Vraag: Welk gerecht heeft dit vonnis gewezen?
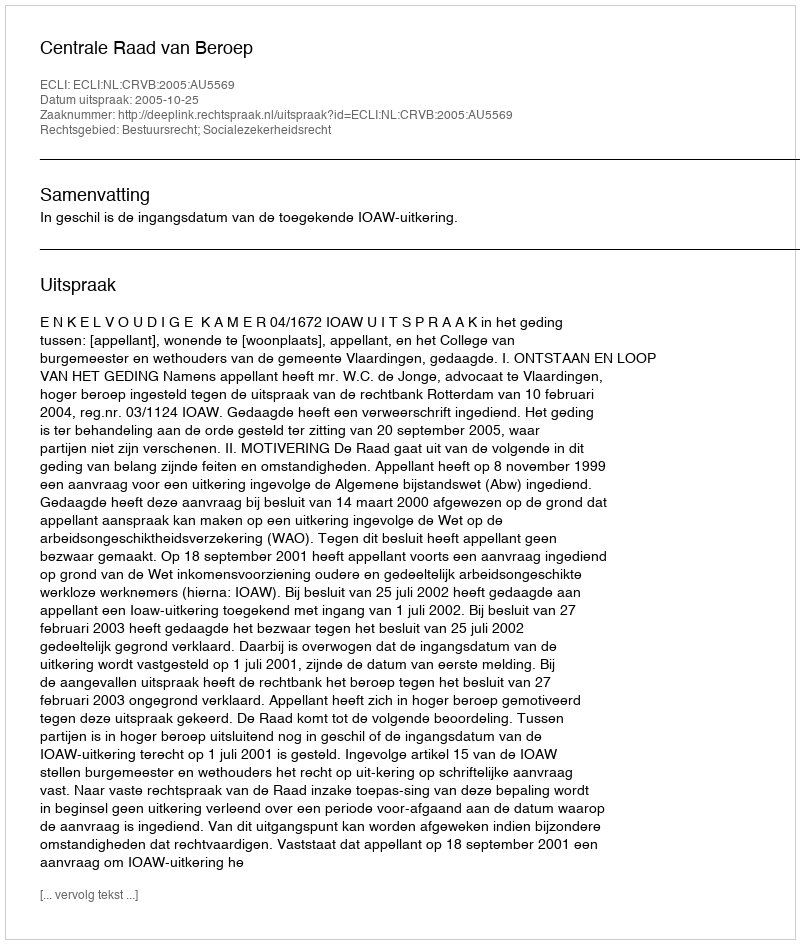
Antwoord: Centrale Raad van Beroep